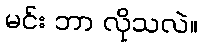
မင်း ဘာ လိုသလဲ။